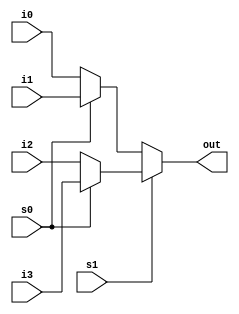
module mult4_to_1_32(out,i0,i1,i2,i3,s1,s0);
output [31:0] out;
input [31:0]i0,i1,i2,i3 ;
input s0 ,s1;
wire [31:0]w1,w2;
assign w1 = s0 ? i1:i0;
assign w2=s0 ? i3:i2;
assign out=s1 ? w2:w1;


endmodule